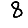
Digit: 8